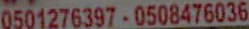
0501276397-0508476036